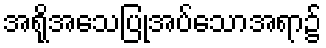
အရိုအသေပြုအပ်သောအရာ၌